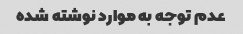
عدم توجه به موارد نوشته شده